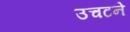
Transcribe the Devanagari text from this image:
उचटने